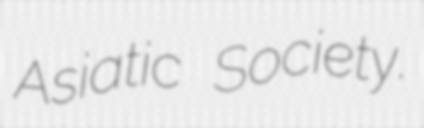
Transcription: Asiatic Society.